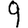
Digit: 9